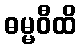
ဓမ္မဝီထိ